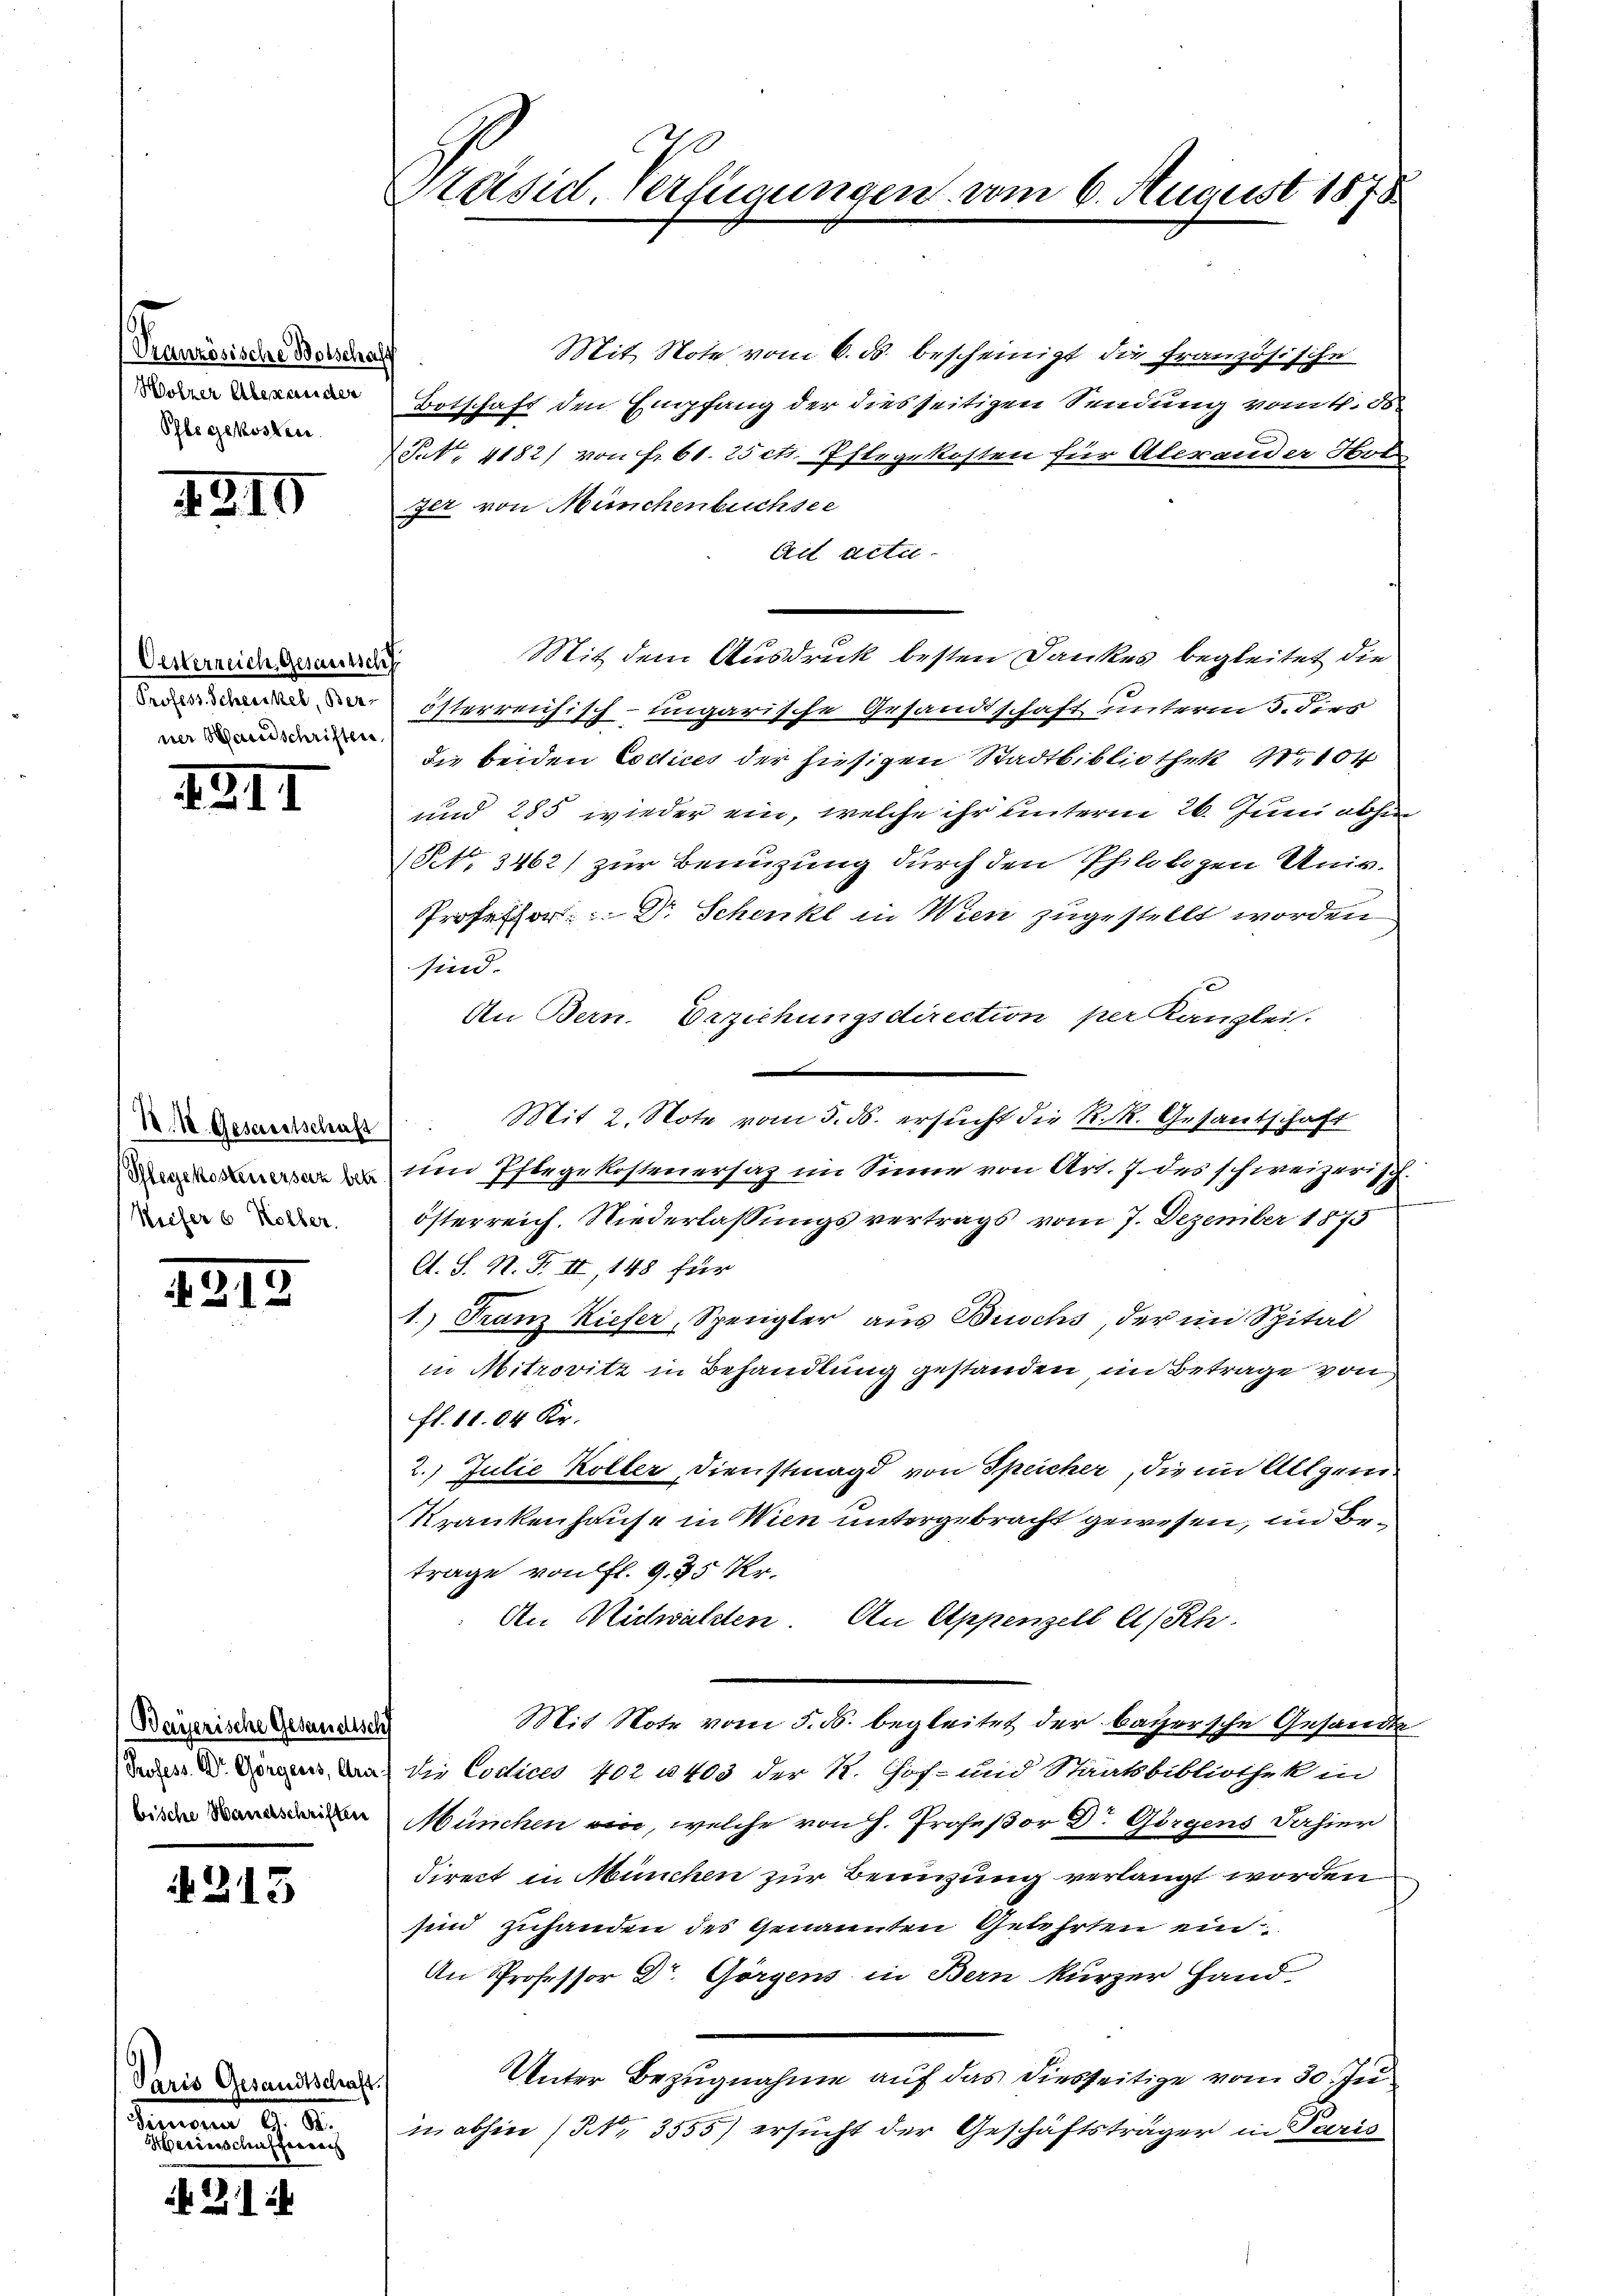
Granzösische Botschaff
Wolzer Alexander
Ohle gekosten.

4819

Oesterzeich, Gesamtsch
ner Handschriften

III

K. A. Gesandtschaft
Kiefer 6 Kolber.

2212.

(Bayerische Gesundischf

213

Paris Gesandtschaft.
.
aber eine einen

1

Präsid. Verfügungen vom 6. August 1878

Mit Note vom 6. ds. bescheinigt die Französische
Botschaft den Empfang der dies seitigen Sendung vom 4. 88
Pet. 4182) von fr. 61. 25 ct. Pflegekosten für Alerander Hotz
ger von Münchenbuchsee
Ait actu
Mit dem Ausdruck besten Dankes begleitet die
 österreichisch-ungarische Gesandtschaft unterm 3. dies
die beiden Codices der hiesigen Stadtbibliothek No 104
und 285 wieder ein, welche ihr unterm 26. Juni abhin
Pct. 3462) zur Benuzung durch den Philologen Univ.
Professor Dr Schenkt in Wien zugestellt worden
sind.
An Bern. Erziehungsdirection per Kanzlei.
Mit 2. Note vom 5. ds. ersucht die K. K. Gesandschaft
un Islegekostenersaz im Sinne von Art. 7. des schweizerisch-
Österreich. Niederlassungsvertrags vom 7. Dezember 1875
C. S. N. F. II, 148 für
1.) Franz Kiefer, Spengler aus Buchs, der im Spital
in Mitrovitz in Behandlung gestanden, im Betrage von
fl. 11. 64 Kr.
2. Julie Koller, Dienstmagd von Speicher, die im Allgem
Krankenhause in Wien untergebracht gewesen, im Betrage von fl. 935 Kr.
An Nidwalden. An Appenzell A/Rh.
Mit Note vom 5. ds. begleitet der bayersche Gesandte
edes der Dingen das die Codicus 702 u. 403 der K. Hof- und Staatsbibliothek in
 München ein, welche von H. Profeßor Dr. Görgens dahier
direct in München zur Benuzung verlangt worden
sind zuhanden des Genannten Gelehrten ein
An Professor Dr. Görgens in Bern kurzer Hand
Unter Bezugnahme auf das diesseitige vom 30. Ju
in abhin (Nr. 3555) ersucht der Geschäftsträger in Paris